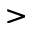
>